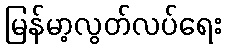
မြန်မာ့လွတ်လပ်ရေး